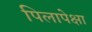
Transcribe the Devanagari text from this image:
पिलापेक्षा